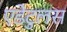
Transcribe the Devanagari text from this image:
एडेंटुलस